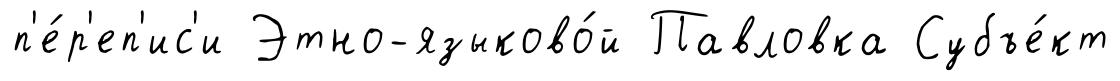
п'е́р'еп'ис'и Этно-языково́й Павловка Субъе́кт